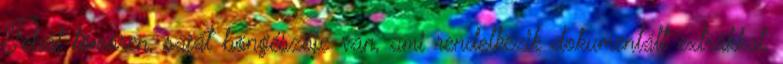
Tehát tömören, saját böngészője van, ami rendelkezik dokumentált extrákkal,